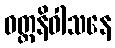
ဝတ္ထနိဝါသနေ